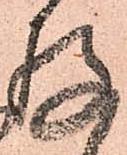
存